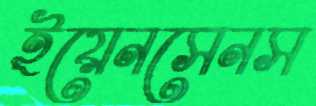
ইয়েনসেনস